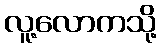
လူ့လောကသို့